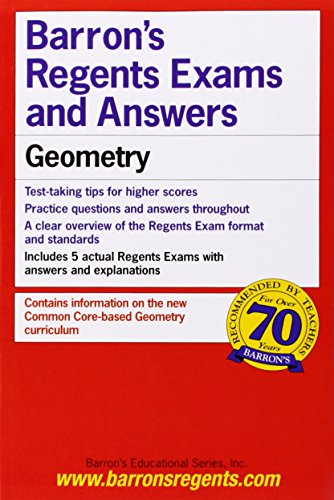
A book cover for Geometry Power Pack (Regents Power Packs); Andre Castagna; Test Preparation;